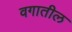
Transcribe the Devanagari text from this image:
वगातील